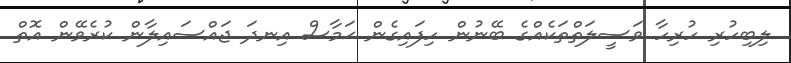
ލިބިހުރި ހުރިހާ ވަސީލަތްތަކެއްގެ ބޭނުން ހިފައިގެން ޙަމާސް އިނދަ ޖައްސައިލާން ކުރެވޭން އޮތް